画像に写った文字を読んでください
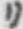
「リ」と書いてあります